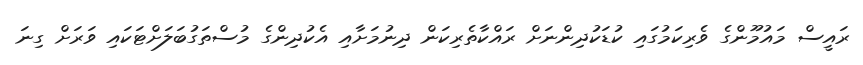
ރައީސް މައުމޫންގެ ވެރިކަމުގައި ކުޑަކުދިންނަށް ރައްކާތެރިކަން ދިނުމަށާއި އެކުދިންގެ މުސްތަގުބަލަށްޓަކައި ވަރަށް ގިނަ